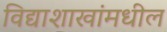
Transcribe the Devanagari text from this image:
विद्याशाखांमधील